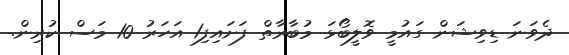
ދެވަނަ ޑިވިޝަން ގައުމީ ވޮލީބޯޅަ މުބާރާތް ފަށައިފި1 އަހަރު 10 މަސް ކުރިން.